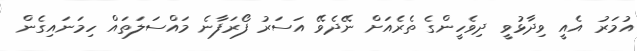
އުމަރު އެއީ ވިދާޅުވީ ދިވެހީންގެ ތެރެއަށް ނޭދެވޭ އަސަރު ފޯރަފާނެ މައްސަލަތައް ހިމަނައިގެން